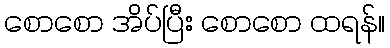
စောစော အိပ်ပြီး စောစော ထရန်။